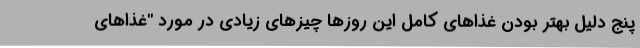
پنج دلیل بهتر بودن غذاهای کامل این روزها چیزهای زیادی در مورد "غذاهای